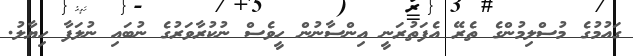
ގައުމުގެ މުސްލިމުންގެ ތެރޭ އެފަތުރަނީ އިންސާނުން ހީވެސް ނުކުރާވަރުގެ ނުބައި ނުލަފާ ހިޔާލު.